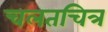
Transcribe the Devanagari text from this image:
चलतचित्र